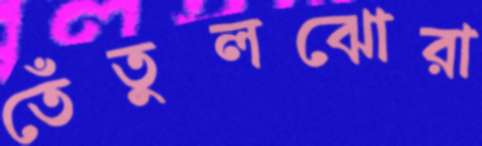
তেঁতুলঝোরা